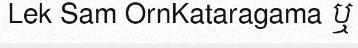
Lek Sam OrnKataragama ឬ